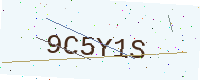
Text: 9C5Y1S